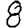
Digit: 8